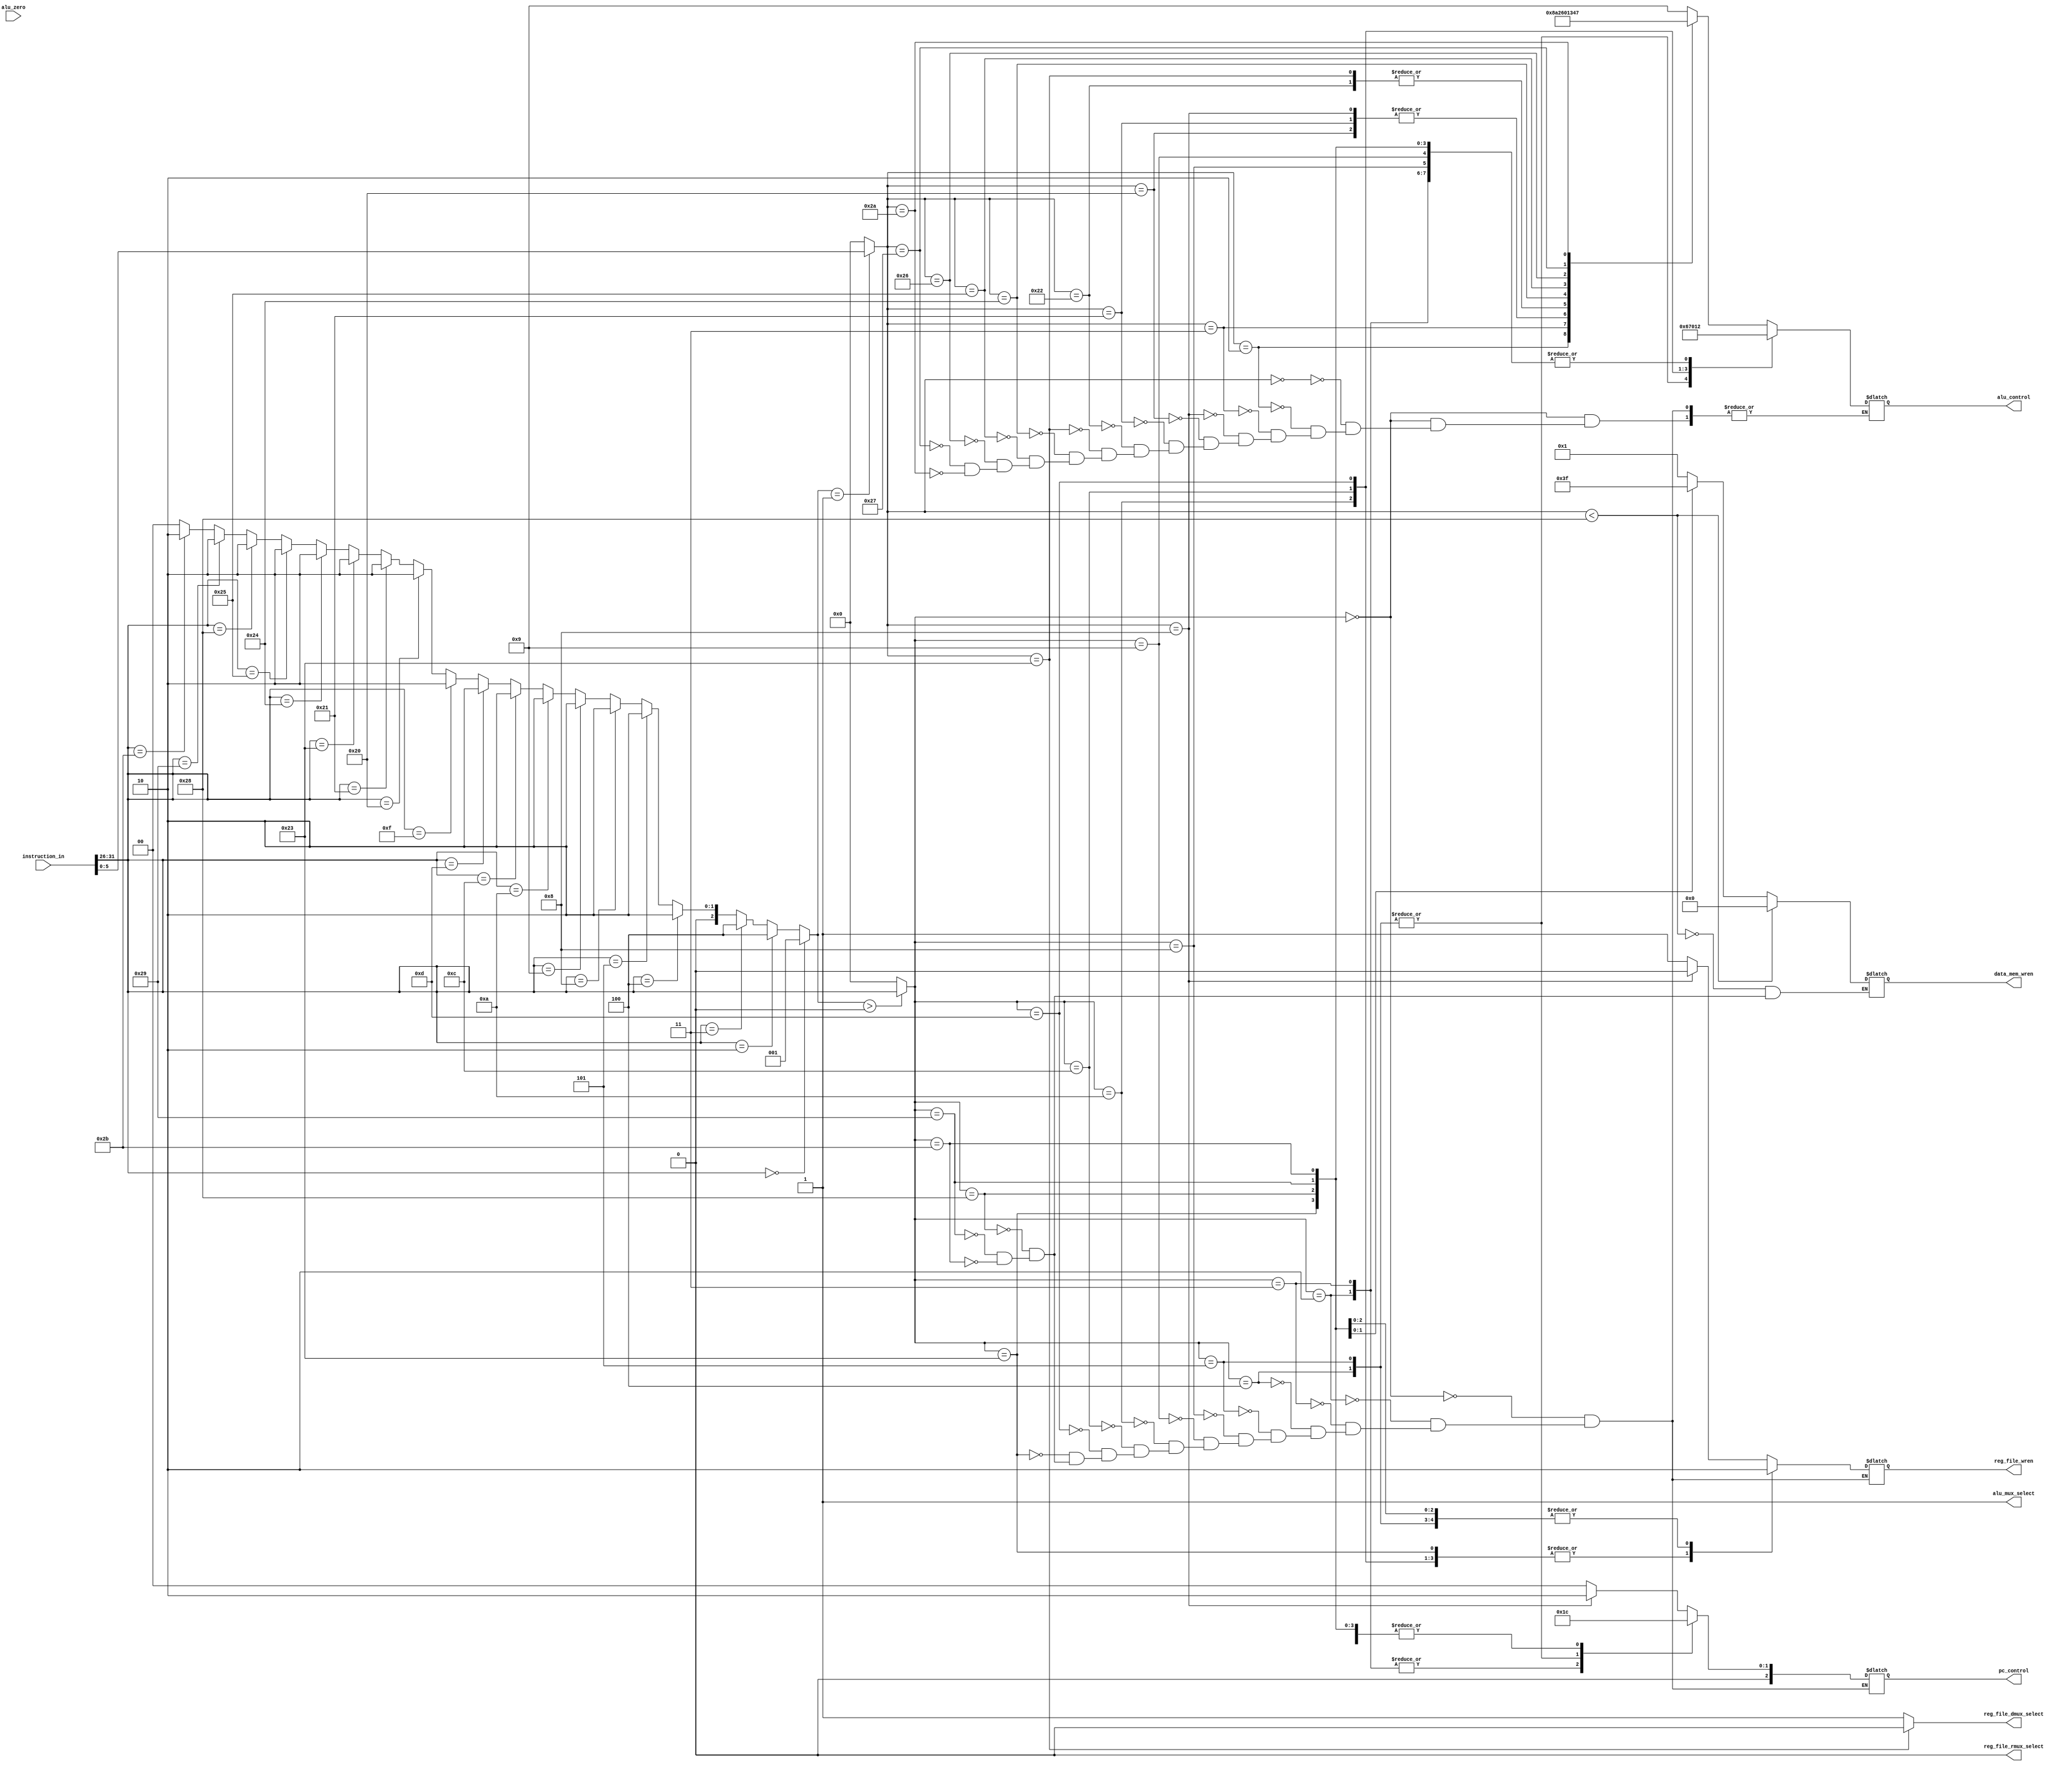
`timescale 1ns / 1ps
///////////////////////////////////////////////////////////////////////////////////////////////////////////////////////
//					
// Module Name:  control_unit.v 
// Description:	Sends out control signals to other modules, based on the input instruction
//
///////////////////////////////////////////////////////////////////////////////////////////////////////////////////////

module control_unit
(
	instruction_in,
	alu_zero,
	reg_file_wren,
	reg_file_dmux_select,
	reg_file_rmux_select,
	alu_mux_select,
	alu_control,
	data_mem_wren,
	pc_control
);
	
    //--------------------------
	// Input Ports
	//--------------------------
	// < Enter Input Ports  >
    input 		[31:0]		instruction_in;
	input 					alu_zero; 
	
    //--------------------------
    // Output Ports
    //--------------------------
    // < Enter Output Ports  >	
    output 	reg	[3:0]		data_mem_wren;
	output	reg				reg_file_wren;
	output	reg				reg_file_dmux_select;
	output	reg				reg_file_rmux_select;
	output	reg				alu_mux_select;
	output	reg	[3:0]		alu_control;
	output	reg	[2:0]		pc_control;
    
    //-------------------------------------------------
    // Signal Declarations: wire
    //-------------------------------------------------
	wire     [  2:0]    type;
	wire     [ 25:0]	address;	
    wire     [ 15:0]	immediate;	
	wire     [  5:0]    op;         	
    wire     [  4:0]    rs;   		
    wire     [  4:0]    rt;   		
    wire     [  4:0]    rd;   		
    wire     [  4:0]    shamt;		
    wire     [  5:0]    funct;		

	//---------------------------------------------------------------
	// Combinatorial Logic
	//---------------------------------------------------------------
		assign    type = (instruction_in[31:26] ==  0) ? 3'b001 : //R
					 (instruction_in[31:26] ==  2) ? 3'b100 : //J
					 (instruction_in[31:26] ==  3) ? 3'b100 : //J
					 (instruction_in[31:26] ==  4) ? 3'b010 : //I
					 (instruction_in[31:26] ==  5) ? 3'b010 : //I
					 (instruction_in[31:26] ==  8) ? 3'b010 : //I
					 (instruction_in[31:26] ==  9) ? 3'b010 : //I
					 (instruction_in[31:26] == 10) ? 3'b010 : //I 0xA
					 (instruction_in[31:26] == 12) ? 3'b010 : //I 0xC
					 (instruction_in[31:26] == 13) ? 3'b010 : //I 0xD
					 (instruction_in[31:26] == 15) ? 3'b010 : //I 0xF
					 (instruction_in[31:26] == 32) ? 3'b010 : //I 0x20
					 (instruction_in[31:26] == 33) ? 3'b010 : //I 0x21
					 (instruction_in[31:26] == 35) ? 3'b010 : //I 0x23
					 (instruction_in[31:26] == 36) ? 3'b010 : //I 0x24
					 (instruction_in[31:26] == 37) ? 3'b010 : //I 0x25
					 (instruction_in[31:26] == 40) ? 3'b010 : //I 0x28
					 (instruction_in[31:26] == 41) ? 3'b010 : //I 0x29
					 (instruction_in[31:26] == 43) ? 3'b010 : //I 0x2B
					                                 3'b000 ; //Undefined
											
	
	assign address		= (type == 3'b100) ? instruction_in[25: 0] : 26'b0;
	assign immediate	= (type == 3'b010) ? instruction_in[15: 0] : 16'b0;    
	assign op          	= (type >  3'b000) ? instruction_in[31:26] :  6'b0;		
	assign rs   		= (type <  3'b100) ? instruction_in[25:21] :  5'b0;
	assign rt   		= (type <  3'b100) ? instruction_in[20:16] :  5'b0;
	assign rd   		= (type == 3'b001) ? instruction_in[15:11] :  5'b0;
	assign shamt		= (type == 3'b001) ? instruction_in[10: 6] :  5'b0;
	assign funct		= (type == 3'b001) ? instruction_in[ 5: 0] :  6'b0;	
	
    always @(instruction_in)
    begin
	
	    case(op)
		
		    0:
		    begin
    		    
				case(funct)
				
				0:
				begin
				    $display("TIME = <%d> : TYPE = R : INSTRUCTION = <%s> :OPCODE = <%d> : RS = <%d> : RT = <%d> : RD = <%d> : SHAMT = <%d> : FUNCT = <%d>", $time, " Sll ", op, rs, rt, rd, shamt, funct);
					alu_control = 4'b1001;
				end
				
				2:
				begin
				    $display("TIME = <%d> : TYPE = R : INSTRUCTION = <%s> :OPCODE = <%d> : RS = <%d> : RT = <%d> : RD = <%d> : SHAMT = <%d> : FUNCT = <%d>", $time, " Srl ", op, rs, rt, rd, shamt, funct);
					alu_control = 4'b1000;
				end
				
				3:
				begin
				    $display("TIME = <%d> : TYPE = R : INSTRUCTION = <%s> :OPCODE = <%d> : RS = <%d> : RT = <%d> : RD = <%d> : SHAMT = <%d> : FUNCT = <%d>", $time, " Sra ", op, rs, rt, rd, shamt, funct);
					alu_control = 4'b1010;
				end
				
				8:
				begin
				    $display("TIME = <%d> : TYPE = R : INSTRUCTION = <%s> :OPCODE = <%d> : RS = <%d> : RT = <%d> : RD = <%d> : SHAMT = <%d> : FUNCT = <%d>", $time, " Jr  ", op, rs, rt, rd, shamt, funct);
					alu_control = 4'b0010; //WARNING: SET TO ADD. DON'T UNDERSTAND WHAT TO DO WITH THIS
				end
				
				16:
				begin
				    $display("TIME = <%d> : TYPE = R : INSTRUCTION = <%s> :OPCODE = <%d> : RS = <%d> : RT = <%d> : RD = <%d> : SHAMT = <%d> : FUNCT = <%d>", $time, "Mfhi ", op, rs, rt, rd, shamt, funct);
					//INSTRUCTION NOT SUPPORTED
				end
				
				18:
				begin
				    $display("TIME = <%d> : TYPE = R : INSTRUCTION = <%s> :OPCODE = <%d> : RS = <%d> : RT = <%d> : RD = <%d> : SHAMT = <%d> : FUNCT = <%d>", $time, "Mflo ", op, rs, rt, rd, shamt, funct);
					//INSTRUCTION NOT SUPPORTED
				end
				
				24:
				begin
				    $display("TIME = <%d> : TYPE = R : INSTRUCTION = <%s> :OPCODE = <%d> : RS = <%d> : RT = <%d> : RD = <%d> : SHAMT = <%d> : FUNCT = <%d>", $time, "Mult ", op, rs, rt, rd, shamt, funct);
					//INSTRUCTION NOT SUPPORTED
				end
				
				25:
				begin
				    $display("TIME = <%d> : TYPE = R : INSTRUCTION = <%s> :OPCODE = <%d> : RS = <%d> : RT = <%d> : RD = <%d> : SHAMT = <%d> : FUNCT = <%d>", $time, "Multu", op, rs, rt, rd, shamt, funct);
					//INSTRUCTION NOT SUPPORTED
				end
				
				26:
				begin
				    $display("TIME = <%d> : TYPE = R : INSTRUCTION = <%s> :OPCODE = <%d> : RS = <%d> : RT = <%d> : RD = <%d> : SHAMT = <%d> : FUNCT = <%d>", $time, " Div ", op, rs, rt, rd, shamt, funct);
					//INSTRUCTION NOT SUPPORTED
				end
				
				27:
				begin
				    $display("TIME = <%d> : TYPE = R : INSTRUCTION = <%s> :OPCODE = <%d> : RS = <%d> : RT = <%d> : RD = <%d> : SHAMT = <%d> : FUNCT = <%d>", $time, "Divu ", op, rs, rt, rd, shamt, funct);
					//INSTRUCTION NOT SUPPORTED
				end
				
				32:
				begin
				    $display("TIME = <%d> : TYPE = R : INSTRUCTION = <%s> :OPCODE = <%d> : RS = <%d> : RT = <%d> : RD = <%d> : SHAMT = <%d> : FUNCT = <%d>", $time, " Add ", op, rs, rt, rd, shamt, funct);
					alu_control = 4'b0010; 
				end
				
				33:
				begin
				    $display("TIME = <%d> : TYPE = R : INSTRUCTION = <%s> :OPCODE = <%d> : RS = <%d> : RT = <%d> : RD = <%d> : SHAMT = <%d> : FUNCT = <%d>", $time, "Addu ", op, rs, rt, rd, shamt, funct);
					alu_control = 4'b0010;
				end
				
				34:
				begin
				    $display("TIME = <%d> : TYPE = R : INSTRUCTION = <%s> :OPCODE = <%d> : RS = <%d> : RT = <%d> : RD = <%d> : SHAMT = <%d> : FUNCT = <%d>", $time, " Sub ", op, rs, rt, rd, shamt, funct);
					alu_control = 4'b0110;
				end
				
				35:
				begin
				    $display("TIME = <%d> : TYPE = R : INSTRUCTION = <%s> :OPCODE = <%d> : RS = <%d> : RT = <%d> : RD = <%d> : SHAMT = <%d> : FUNCT = <%d>", $time, "Subu ", op, rs, rt, rd, shamt, funct);
					alu_control = 4'b0110;
				end
				
				36:
				begin
				    $display("TIME = <%d> : TYPE = R : INSTRUCTION = <%s> :OPCODE = <%d> : RS = <%d> : RT = <%d> : RD = <%d> : SHAMT = <%d> : FUNCT = <%d>", $time, " And ", op, rs, rt, rd, shamt, funct);
					alu_control = 4'b0000;
				end
				
				37:
				begin
				    $display("TIME = <%d> : TYPE = R : INSTRUCTION = <%s> :OPCODE = <%d> : RS = <%d> : RT = <%d> : RD = <%d> : SHAMT = <%d> : FUNCT = <%d>", $time, " Or  ", op, rs, rt, rd, shamt, funct);
					alu_control = 4'b0001;
				end
				
				38:
				begin
				    $display("TIME = <%d> : TYPE = R : INSTRUCTION = <%s> :OPCODE = <%d> : RS = <%d> : RT = <%d> : RD = <%d> : SHAMT = <%d> : FUNCT = <%d>", $time, " Xor ", op, rs, rt, rd, shamt, funct);
					alu_control = 4'b0011;
				end
				
				39:
				begin
				    $display("TIME = <%d> : TYPE = R : INSTRUCTION = <%s> :OPCODE = <%d> : RS = <%d> : RT = <%d> : RD = <%d> : SHAMT = <%d> : FUNCT = <%d>", $time, " Nor ", op, rs, rt, rd, shamt, funct);
					alu_control = 4'b0100;
				end
				
				42:
				begin
				    $display("TIME = <%d> : TYPE = R : INSTRUCTION = <%s> :OPCODE = <%d> : RS = <%d> : RT = <%d> : RD = <%d> : SHAMT = <%d> : FUNCT = <%d>", $time, " Slt ", op, rs, rt, rd, shamt, funct);
					alu_control = 4'b0111;
				end
			
				//default :
			    //begin
			        //$display("Undefined");
			    //end
				
				endcase
				
				if (funct == 8)								//as long as not JR instruction set PC+4 and reg_file_wren to true
				begin
				    pc_control 		= 3'b010;
					reg_file_wren	=  0;
				end
				else
				begin
					pc_control 		= 3'b000;				//all r types except for jr instruction set PC to PC+4
					reg_file_wren	=   1;				//all r types except for jr instuction write the to the register file
				end
				
				reg_file_rmux_select =  1;				//r type uses rd register to write to so choose 1 from mux
				alu_mux_select 	 	 =  0;				//all r types use the register file as the second operand to the alu								
				
				
			end
			
			2:
		    begin
    		    $display("TIME = <%d> : TYPE = J : INSTRUCTION = <%s> :OPCODE = <%d> : Address = <%d>", $time, "  J  ", op, address);
				pc_control 			 = 3'b001;
				reg_file_wren 		 =  1;	
				alu_control = 4'b0010; //WARNING: SET TO ADD	
	    	end
			
			3:
		    begin
    		    $display("TIME = <%d> : TYPE = J : INSTRUCTION = <%s> :OPCODE = <%d> : Address = <%d>", $time, " Jal ", op, address);
				pc_control 			= 3'b001;
				reg_file_wren 		=   1;	
				alu_control = 4'b0010; //WARNING: SET TO ADD
	    	end
			
			4:
		    begin
    		    $display("TIME = <%d> : TYPE = I : INSTRUCTION = <%s> :OPCODE = <%d> : RS = <%d> : RT = <%d> : Immediate = <%d>", $time, " Beq ", op, rs, rt, immediate);
				pc_control 			 = 3'b011;
				reg_file_wren 		 =  0;	
				alu_control = 4'b0110; //subtract right?
	    	end
			
			5:
		    begin
    		    $display("TIME = <%d> : TYPE = I : INSTRUCTION = <%s> :OPCODE = <%d> : RS = <%d> : RT = <%d> : Immediate = <%d>", $time, " Bne ", op, rs, rt, immediate);
				pc_control 			 = 3'b011;
				reg_file_wren 		 =  0;	
				alu_control = 4'b0110; //subtract right?
	    	end
			
			8:
		    begin
    		    $display("TIME = <%d> : TYPE = I : INSTRUCTION = <%s> :OPCODE = <%d> : RS = <%d> : RT = <%d> : Immediate = <%d>", $time, "Addi ", op, rs, rt, immediate);
				pc_control			 = 3'b000;
				reg_file_wren 		 =   1;	
				alu_control = 4'b0010;
	    	end
			
			9:
		    begin
    		    $display("TIME = <%d> : TYPE = I : INSTRUCTION = <%s> :OPCODE = <%d> : RS = <%d> : RT = <%d> : Immediate = <%d>", $time, "Addiu", op, rs, rt, immediate);
				pc_control 			 = 3'b000;
				reg_file_wren 		 =   1;	
				alu_control = 4'b0010;
	    	end
			
			10:
		    begin
    		    $display("TIME = <%d> : TYPE = I : INSTRUCTION = <%s> :OPCODE = <%d> : RS = <%d> : RT = <%d> : Immediate = <%d>", $time, "Slti ", op, rs, rt, immediate);
				pc_control 			 = 3'b000;
				reg_file_wren 		 =   1;	
				alu_control = 4'b0111;
	    	end
			
			12:
		    begin
    		    $display("TIME = <%d> : TYPE = I : INSTRUCTION = <%s> :OPCODE = <%d> : RS = <%d> : RT = <%d> : Immediate = <%d>", $time, "Andi ", op, rs, rt, immediate);
				pc_control 			 = 3'b000;
				reg_file_wren 		 =   1;	
				alu_control = 4'b0000;
	    	end
			
			13:
		    begin
    		    $display("TIME = <%d> : TYPE = I : INSTRUCTION = <%s> :OPCODE = <%d> : RS = <%d> : RT = <%d> : Immediate = <%d>", $time, " Ori ", op, rs, rt, immediate);
				pc_control 			 = 3'b000;
				reg_file_wren 		 =   1;	
				alu_control = 4'b0001;
	    	end
			
			15:
		    begin
    		    $display("TIME = <%d> : TYPE = I : INSTRUCTION = <%s> :OPCODE = <%d> : RS = <%d> : RT = <%d> : Immediate = <%d>", $time, " Lui ", op, rs, rt, immediate);
				//INSTRUCTION NOT SUPPORTED
	    	end
			
			32:
		    begin
    		    $display("TIME = <%d> : TYPE = I : INSTRUCTION = <%s> :OPCODE = <%d> : RS = <%d> : RT = <%d> : Immediate = <%d>", $time, " Lb  ", op, rs, rt, immediate);
				//INSTRUCTION NOT SUPPORTED
	    	end
			
			33:
		    begin
    		    $display("TIME = <%d> : TYPE = I : INSTRUCTION = <%s> :OPCODE = <%d> : RS = <%d> : RT = <%d> : Immediate = <%d>", $time, " Lh  ", op, rs, rt, immediate);
				//INSTRUCTION NOT SUPPORTED
	    	end
			
			35:
		    begin
    		    $display("TIME = <%d> : TYPE = I : INSTRUCTION = <%s> :OPCODE = <%d> : RS = <%d> : RT = <%d> : Immediate = <%d>", $time, " Lw  ", op, rs, rt, immediate);
				pc_control 			 = 3'b000;
				reg_file_wren 		 =   1;	
				alu_control = 4'b0010; //DFAULT: DOESN'T USE ALU
				
	    	end
			
			36:
		    begin
    		    $display("TIME = <%d> : TYPE = I : INSTRUCTION = <%s> :OPCODE = <%d> : RS = <%d> : RT = <%d> : Immediate = <%d>", $time, " Lbu ", op, rs, rt, immediate);
				//INSTRUCTION NOT SUPPORTED
	    	end
			
			37:
		    begin
    		    $display("TIME = <%d> : TYPE = I : INSTRUCTION = <%s> :OPCODE = <%d> : RS = <%d> : RT = <%d> : Immediate = <%d>", $time, " Lhu ", op, rs, rt, immediate);
				//INSTRUCTION NOT SUPPORTED
			end
			40:
		    begin
    		    $display("TIME = <%d> : TYPE = I : INSTRUCTION = <%s> :OPCODE = <%d> : RS = <%d> : RT = <%d> : Immediate = <%d>", $time, " Sb  ", op, rs, rt, immediate);
				pc_control 			 = 3'b000;
				reg_file_wren 		 =  0;	
				alu_control = 4'b0010; //DEFAULT: DOESN'T USE ALU
				data_mem_wren 		 = 4'b0001;
	    	end
			
			41:
		    begin
    		    $display("TIME = <%d> : TYPE = I : INSTRUCTION = <%s> :OPCODE = <%d> : RS = <%d> : RT = <%d> : Immediate = <%d>", $time, " Sh  ", op, rs, rt, immediate);
				pc_control 			 = 3'b000;
				reg_file_wren 		 =  0;	
				alu_control = 4'b0010; //DEFAULT: DOESN'T USE ALU
				data_mem_wren 		 = 4'b0011;
	    	end
			
			43:
		    begin
    		    $display("TIME = <%d> : TYPE = I : INSTRUCTION = <%s> :OPCODE = <%d> : RS = <%d> : RT = <%d> : Immediate = <%d>", $time, " Sw  ", op, rs, rt, immediate);
				pc_control 			 = 3'b000;
				reg_file_wren 		 =  0;	
				alu_control = 4'b0010; //DEFAULT: DOESN'T USE ALU
				data_mem_wren 		 = 4'b1111;
	    	end
			
			//default :
			//begin
			    
			//end
			
			
			
		endcase
			
		reg_file_rmux_select = 0;					//immediate type uses rt register for address so choose 0 from mux
		alu_mux_select = 1; 							//all j and r types have an immediate field which it uses as the second operand in the alu
	
	
    
		if (funct < 40)
			data_mem_wren 		 = 4'b0000;			  //only store functions write to memory everything else does not
		
		if (funct == 35)
			reg_file_dmux_select = 0;
		else
			reg_file_dmux_select = 1; 			//only reads from data memory on lw else it uses result of alu
			
	end	
	
endmodule